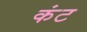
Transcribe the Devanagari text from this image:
कंट